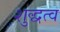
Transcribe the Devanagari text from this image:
शुद्धत्व